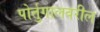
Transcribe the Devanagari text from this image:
पोर्तुगालवरील